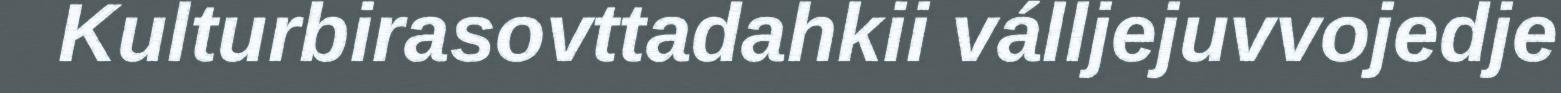
Kulturbirasovttadahkii válljejuvvojedje